Civil Veterinary Dept. Assam report 1927-50 - 1927-1950
Year: 1927
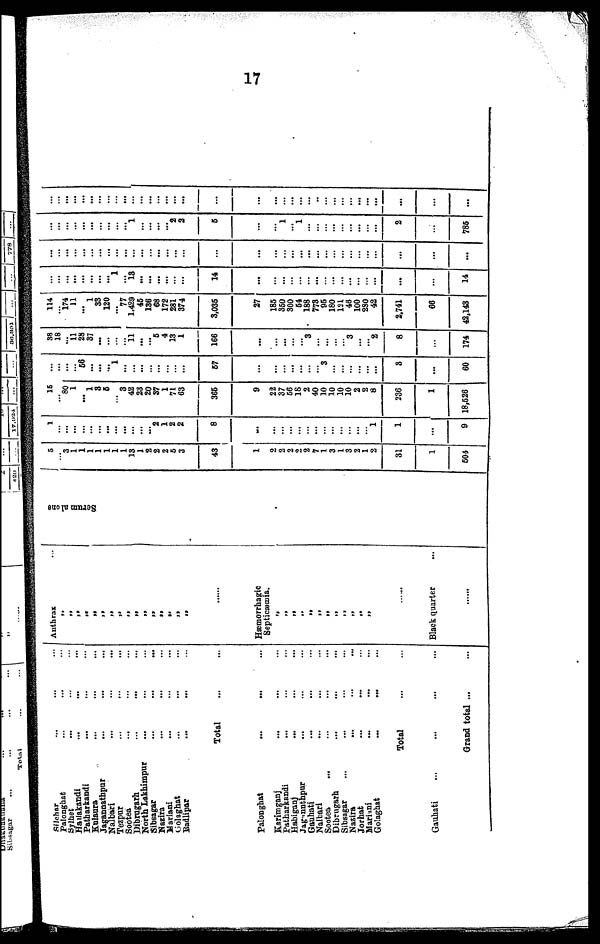
17
Silchar... ... ...
Palonghat ... ... ...
Sylhet ... ... ...
Hallakandi ... ... ...
Patharkandi ... ... ...
Kulaura ... ... ...
Jagannathpur ... ... ...
Nalbari ... ... ...
Tezpur ... ... ...
Sootea ... ... ...
Dibrugarh ... ... ...
North Lakhimpur ... ... ...
Sibsagar ... ... ...
Mazira ... ... ...
Mariani ... ... ...
Golaghat ... ... ...
Badlipar ... ... ...
Total ... ...
Palonghat ... ... ...
Karimganj ... ... ...
Patharkandi ... ... ...
Eabiganj ... ... ...
Jagannthpur ... ... ...
Gauhati ... ... ...
Nalbari ... ... ...
Sootea ... ... ... ...
Dibrugarh ... ... ...
Sibsagar ... ... ... ...
Nazira ... ... ...
Jorhat ... ... ...
Mariani ... ... ...
Golaghat ... ... ...
Total ... ...
Gauhati ... ... ... ...
Grand total ...
Anthrax ...
„
„
„
„
„
„
„
„
„
„ „
„
„ „
„
„
.....
Hæmrrhagic
Septicæmia.
„
„ „
„
„
„
„
„
„
„
„
„
Black quarter ...
Serum alone
5 ... 3
1
1 1
1
1
1
1
13
1
2
2
2
5
3
43
1
2
2
2
2
2
7
1
3
1
3
2
1
2
31
1
504
1
... ...
...
... ...
...
...
...
...
...
... ...
2
1
2
2
8
...
...
...
... ...
...
...
...
...
... ...
...
... 1
1
...
9
15
... 80
1
... 1
3
5
... 3
42
23
20
37
1
71
63
365
9
22
37
56
18
2
40
10
10
10
10
2
2
8
236
1
18,526
...
... ...
... 56
...
...
... 1
...
...
... ...
...
...
...
...
57
...
...
...
... ...
...
... 3
...
...
...
...
... ...
3
...
60
38
18 ... 11
28
37
...
...
...
... 11
... ...
5
4
13
1
166
...
...
...
... ...
3
...
...
...
... 3
...
... 2
8
...
174
114
... 174
11
... 1
33
120
... 77
1,429
45
136
68
172
281
374
3,035
27
185
350
300
54
188
773
95
180
121
46
100
280
42
2,741
66
42,143
...
... ...
...
... ...
...
...
1
...
13
... ...
...
...
...
...
14
...
...
...
... ...
...
...
...
...
...
...
...
... ...
...
...
14
...
... ...
...
... ...
...
...
...
...
...
... ...
...
...
...
...
...
...
...
...
... ... ...
... ...
...
...
...
...
... ...
...
...
...
...
... ...
...
... ...
...
...
...
...
1
... ...
...
... 2
3
5
...
...
1
... 1
...
...
...
...
...
...
...
... ...
2
...
785
...
... ...
...
... ...
...
...
...
...
...
... ...
...
...
...
...
...
...
...
...
... ...
...
..
...
...
...
...
...
...
...
...
...
...